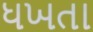
ધખતા